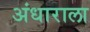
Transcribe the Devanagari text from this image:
अंधाराला